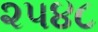
૨૫૪૮